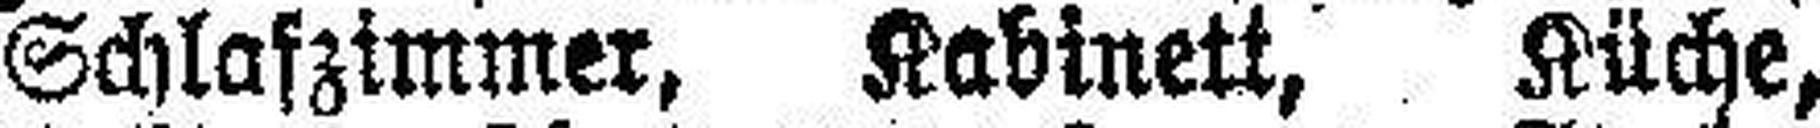
Schlafzimmer, Kabinett, Küche,